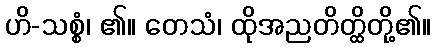
ဟိ-သစ္စံ၊ ၏။ တေသံ၊ ထိုအညတိတ္ထိတို့၏။